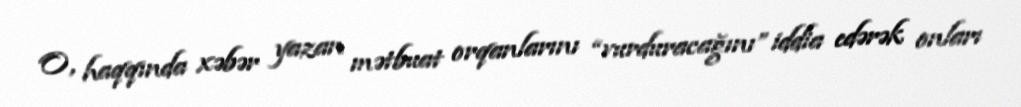
O, haqqında xəbər yazan mətbuat orqanlarını “vurduracağını” iddia edərək onları